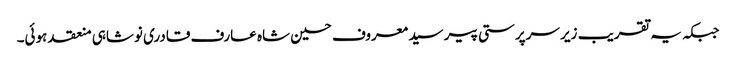
جبکہ یہ تقریب زیر سرپرستی پیر سید معروف حسین شاہ عارف قادری نوشاہی منعقد ہوئی۔